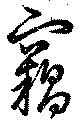
窃